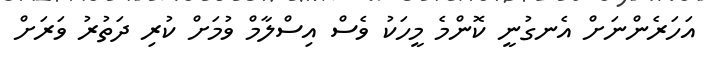
އަހަރެންނަށް އެނގުނީ ކޮންމެ މީހަކު ވެސް އިސްލާމް ވުމަށް ކުރި ދަތުރު ވަރަށް